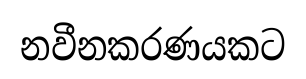
නවීනකරණයකට